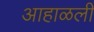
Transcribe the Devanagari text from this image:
आहाळली